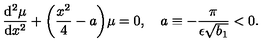
\frac { \mathrm { d } ^ { 2 } \mu } { \mathrm { d } x ^ { 2 } } + \biggl ( \frac { x ^ { 2 } } { 4 } - a \biggr ) \mu = 0 , \quad a \equiv - \frac { \pi } { \epsilon \sqrt { b _ { 1 } } } < 0 .